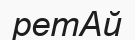
ретАй